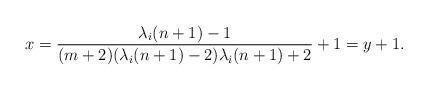
LaTeX: \begin{align*}x=\frac{\lambda_i(n+1)-1}{(m+2)(\lambda_i(n+1)-2)\lambda_i(n+1)+2}+1=y+1.\end{align*}